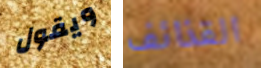
ويقول القذائف